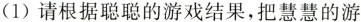
（1）请根据聪聪的游戏结果，把慧慧的游